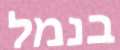
בנמל